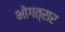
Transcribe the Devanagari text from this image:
भोगत्रार